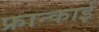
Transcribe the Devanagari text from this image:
फ्रान्काई